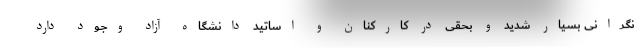
نگرانی بسیار شدید و بحقی در کارکنان و اساتید دانشگاه آزاد وجود دارد